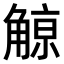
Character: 𧤚